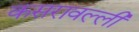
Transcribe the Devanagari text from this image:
कसरावल्ली